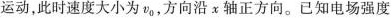
运动，此时速度大小为v_{0}，方向沿x轴正方向。已知电场强度